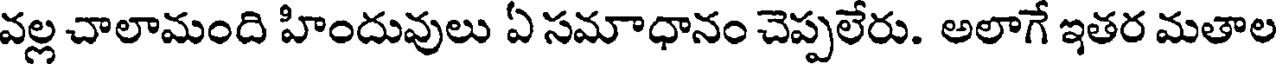
వల్ల చాలామంది హిందువులు ఏ సమాధానం చెప్పలేరు. అలాగే ఇతర మతాల